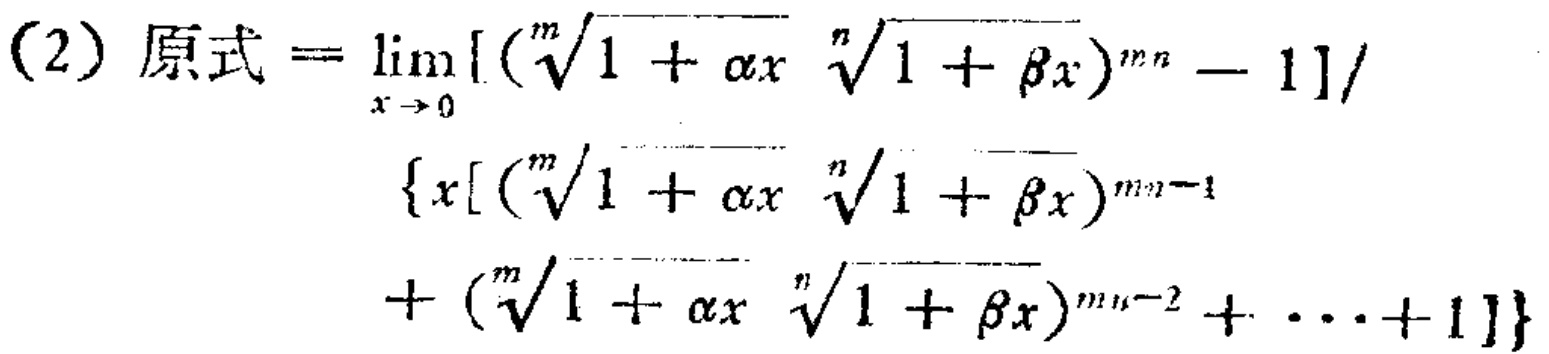
(2) 原式$=\lim_{x \to 0} [(\sqrt[m]{1 + \alpha x}\sqrt[n]{1 + \beta x})^{mn} - 1]/\{x[(\sqrt[m]{1 + \alpha x}\sqrt[n]{1 + \beta x})^{mn - 1}+(\sqrt[m]{1 + \alpha x}\sqrt[n]{1 + \beta x})^{mn - 2}+\cdots + 1]\}$